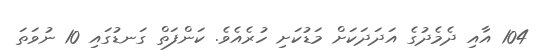
104 އާއި ދެމެދުގެ އަދަދަކަށް މަޑުކަށި ހުރެއެވެ. ކަންފަތް ގަނޑުގައި 10 ނުވަތަ